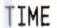
TIME